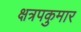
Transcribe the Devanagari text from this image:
क्षत्रपकुमार